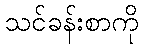
သင်ခန်းစာကို